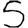
Digit: 5